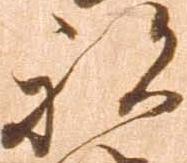
被